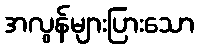
အလွန်များပြားသော